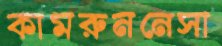
কামরুননেসা